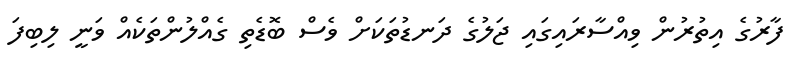
ފާރުގެ އިތުރުން ވިއްސާރައިގައި ޖަލުގެ ދަނޑުތަކަށް ވެސް ބޮޑެތި ގެއްލުންތަކެއް ވަނީ ލިބިފަ